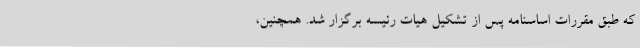
که طبق مقررات اساسنامه پس از تشکیل هیات ‌رئیسه برگزار شد. همچنین،